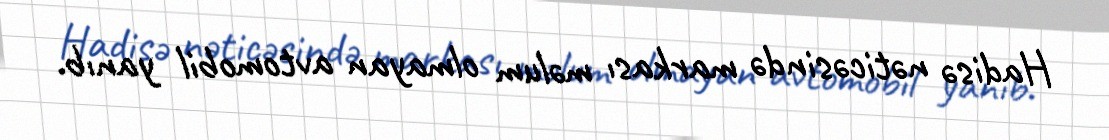
Hadisə nəticəsində markası məlum olmayan avtomobil yanıb.